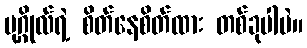
ပုဂ္ဂိုလ်ရဲ့ စိတ်နေစိတ်ထား တစ်ခုပါပဲ။